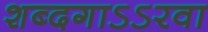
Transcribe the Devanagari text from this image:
शब्दगाऽऽरवा